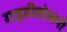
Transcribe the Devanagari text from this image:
गड़हीबोलनी